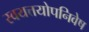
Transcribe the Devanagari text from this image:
स्वयत्तयोपनिवेष